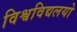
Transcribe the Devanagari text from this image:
विश्वविद्यलयो